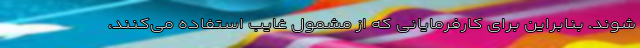
‌شوند. بنابراین برای کارفرمایانی که از مشمول غایب استفاده می‌کنند،